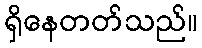
ရှိနေတတ်သည်။